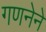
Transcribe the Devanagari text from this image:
गणनेने